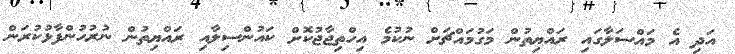
އަދި އެ މައްސަލާގައި ރައްޔިތުން މަގުމައްޗަށް ނުކުމެ އިހްތިޖާޖުކޮށް ކައުންސިލާއި ރައްޔިތުން ނުރުހުންފާޅުކުރަން